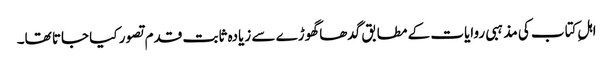
اہلِ کتاب کی مذہبی روایات کے مطابق گدھا گھوڑے سے زیادہ ثابت قدم تصور کیا جاتا تھا۔